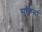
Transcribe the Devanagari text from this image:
सुकिन्दा